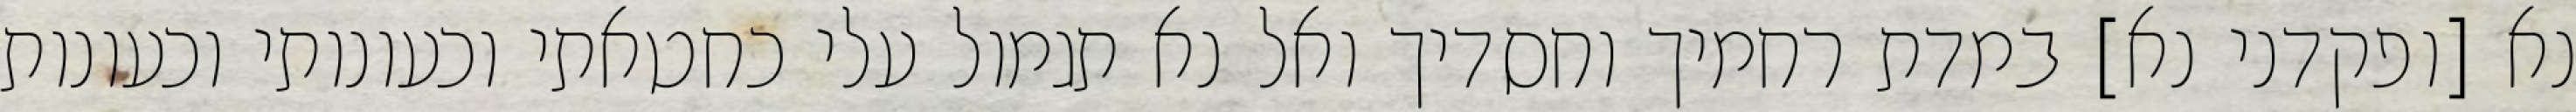
נא [ופקדני נא] במדת רחמיך וחסדיך ואל נא תגמול עלי כחטאתי וכעונותי וכעונות